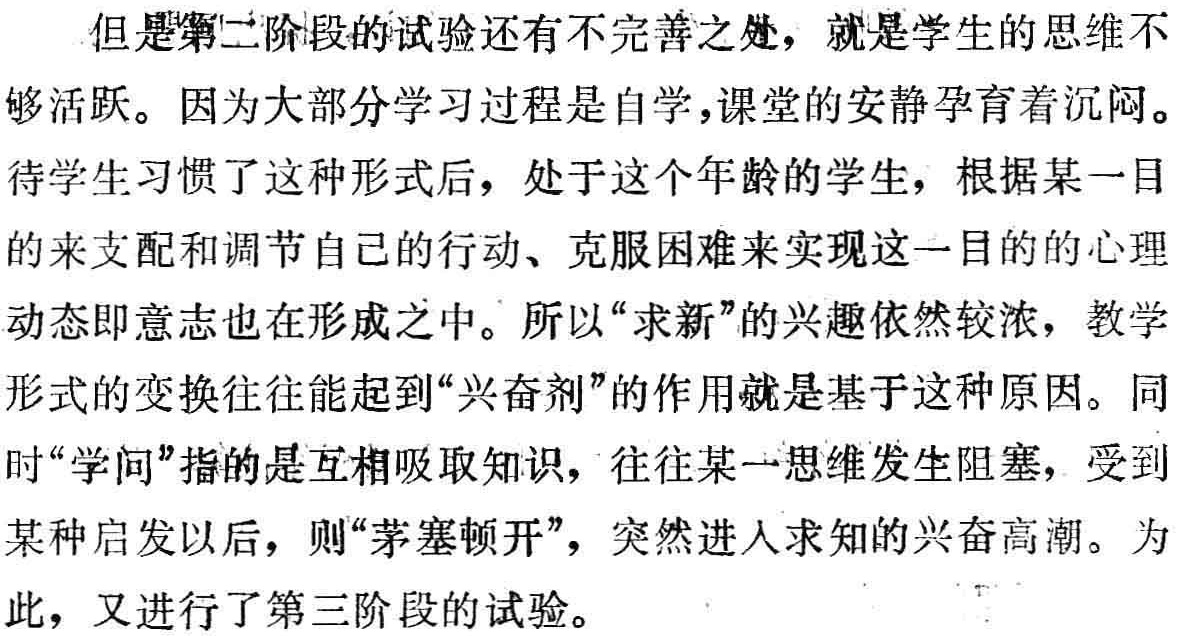
但是第二阶段的试验还有不完善之处，就是学生的思维不够活跃。因为大部分学习过程是自学,课堂的安静孕育着沉闷。待学生习惯了这种形式后，处于这个年龄的学生，根据某一目的来支配和调节自己的行动、克服困难来实现这一目的的心理动态即意志也在形成之中。所以“求新”的兴趣依然较浓，教学形式的变换往往能起到“兴奋剂”的作用就是基于这种原因。同时“学问”指的是互相吸取知识，往往某一思维发生阻塞，受到某种启发以后，则“茅塞顿开”，突然进人求知的兴奋高潮。为此，又进行了第三阶段的试验。